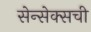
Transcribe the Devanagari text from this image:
सेन्सेक्सची